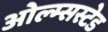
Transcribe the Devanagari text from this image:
ओल्म्सस्टेड